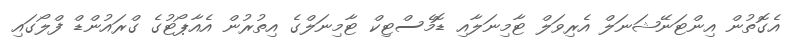
އެގޮތުން އިންޓަނޭޝަނަލް އެރިވަލް ޓާމިނަލާއި ޑޮމެސްޓިކް ޓާމިނަލްގެ އިތުރުން އެއާޕޯޓުގެ ގްރައުންޑް ފްލޯގައި